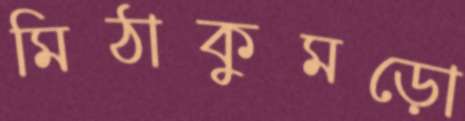
মিঠাকুমড়ো